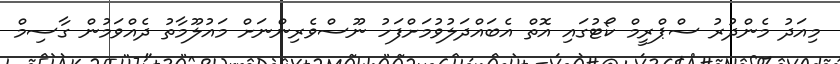
މިއަދު މެންދުރު ސްޕްރީމް ކޯޓުގައި އޮތް އެބައްދަލުވުމަށްފަހު ނޫސްވެރިންނަށް މައުލޫމާތު ދެއްވަމުން ގާސިމް